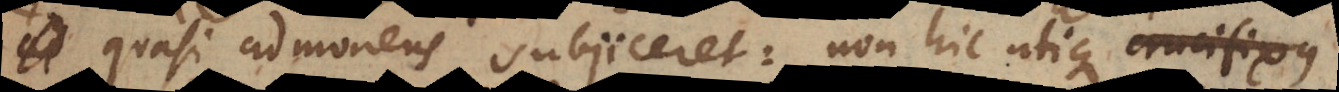
quasi admonens subjiceret: non hic utique crucifixus